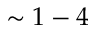
\sim 1 - 4